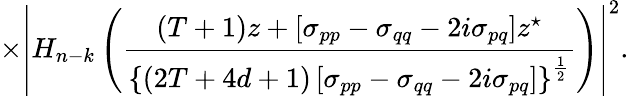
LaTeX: \times\left|H_{n-k}\left(\frac{(T+1)z+\left[\sigma_{pp}-\sigma_{qq}-2i\sigma_{pq}\right]z^{\star}}{\left\{ (2T+4d+1)\left[\sigma_{pp}-\sigma_{qq}-2i\sigma_{pq}\right]\right\} ^{\frac 12}}\right)\right|^{2}.